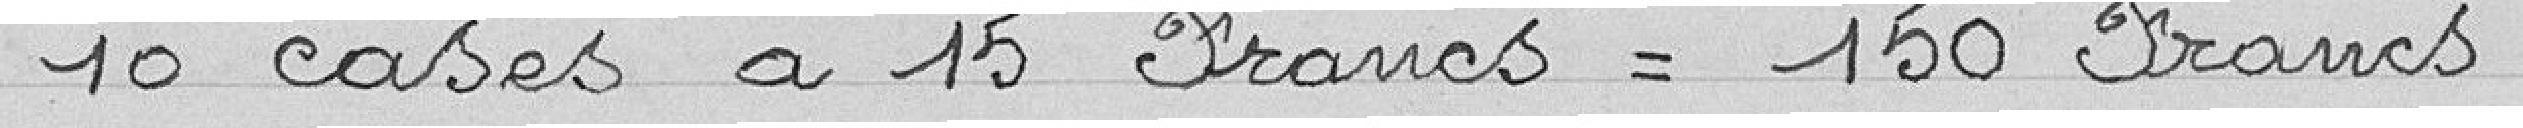
10 cases a 15 Francs = 150 Francs